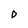
Character: D